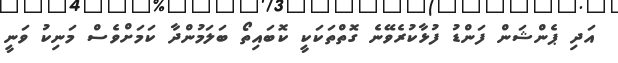
އަދި ޕެންޝަން ފަންޑު ފުޅާކުރެވޭނެ ގޮތްތަކަކީ ކޮބައިތޯ ބަލަމުންދާ ކަމަށްވެސް މަނިކު ވަނީ